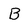
Character: B